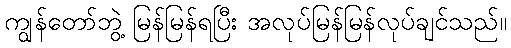
ကျွန်တော်ဘွဲ့ မြန်မြန်ရပြီး အလုပ်မြန်မြန်လုပ်ချင်သည်။